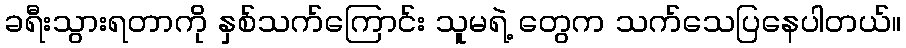
ခရီးသွားရတာကို နှစ်သက်ကြောင်း သူမရဲ့ တွေက သက်သေပြနေပါတယ်။